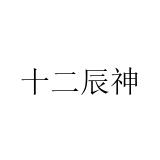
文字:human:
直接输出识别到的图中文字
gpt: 十二辰神